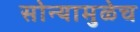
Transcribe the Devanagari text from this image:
सोन्यामुळेच